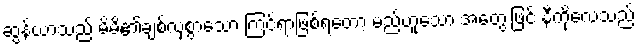
ဆွန်ယာသည် မိမိ၏ချစ်လှစွာသော ကြင်ရာဖြစ်ရတော့ မည်ဟူသော အတွေးဖြင့် နီကိုလေသည်